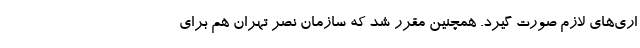
اری‌های لازم صورت گيرد. همچنين مقرر شد كه سازمان نصر تهران هم برای